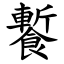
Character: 䭕